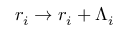
r _ { i } \rightarrow r _ { i } + \Lambda _ { i }